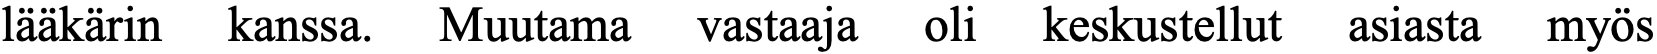
lääkärin kanssa. Muutama vastaaja oli keskustellut asiasta myös